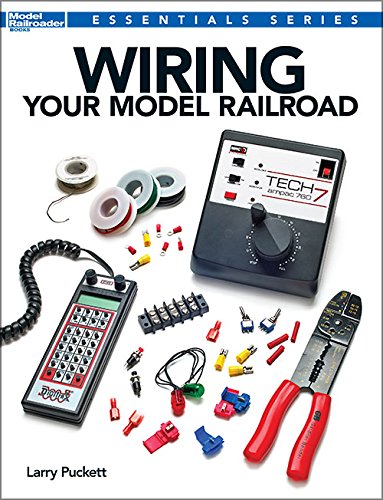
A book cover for Wiring Your Model Railroad (Essentials); Larry Puckett; Crafts, Hobbies & Home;